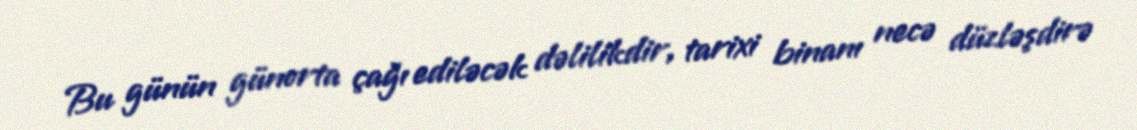
Bu günün günorta çağı ediləcək dəlilikdir, tarixi binanı necə düzləşdirə